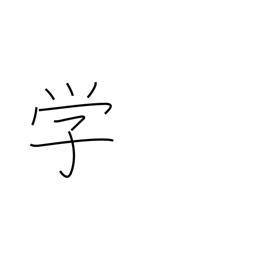
Meaning: learning